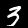
Digit: 3